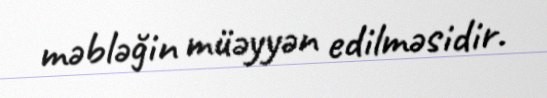
məbləğin müəyyən edilməsidir.